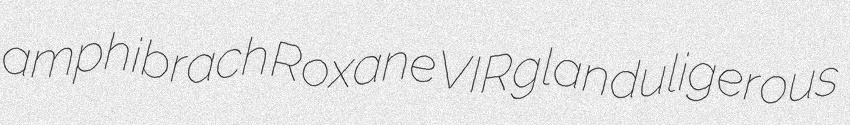
amphibrach Roxane VIR glanduligerous